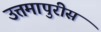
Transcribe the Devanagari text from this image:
उत्तमापुरीस